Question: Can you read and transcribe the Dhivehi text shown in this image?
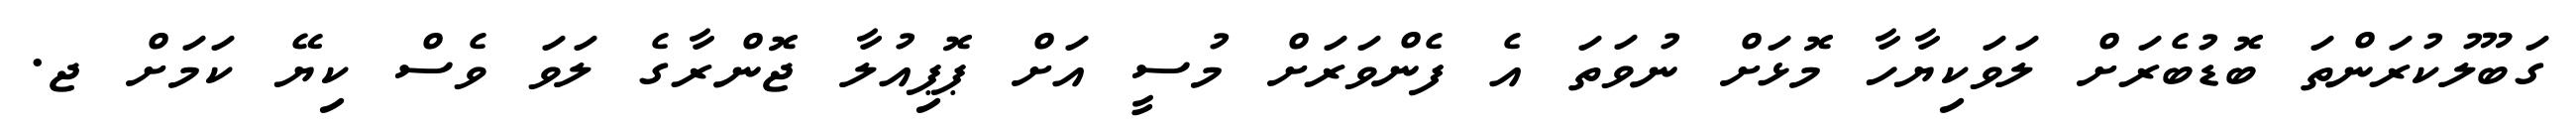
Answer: ގަބޫލުކުރަންތަ ބޮޑުބެރަށް ލަވަކިޔާހާ މޮޅަށް ނުވަތަ އެ ފެންވަރަށް މުސީ އަށް ޕޮޕިއުލާ ޖޮންރާގެ ލަވަ ވެސް ކިޔޭ ކަމަށް ޖ.